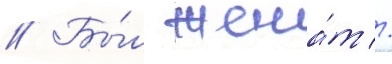
// Бы́л жена́т //